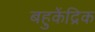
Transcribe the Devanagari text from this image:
बहुकेंद्रिक